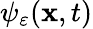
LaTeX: \psi_{\varepsilon}(\mathbf{x},t)